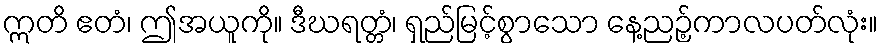
ဣတိ ဧတံ၊ ဤအယူကို။ ဒီဃရတ္တံ၊ ရှည်မြင့်စွာသော နေ့ညဉ့်ကာလပတ်လုံး။